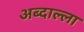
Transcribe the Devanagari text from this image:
अब्दाल्ला